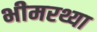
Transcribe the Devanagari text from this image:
भीमरथ्या